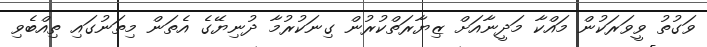
ވަގުތު ވީވަރަކުން މައްކާ މަދީނާއަށް ޒިޔާރަތްކުރުން ގިނަކުރުމާ ދުނިޔޭގެ އެތަން މިތަނުގައި ތިއްބެވި